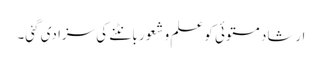
ارشاد مستوئی کو علم و شعور بانٹنے کی سزا دی گئی۔